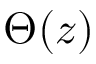
\Theta ( z )